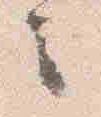
之